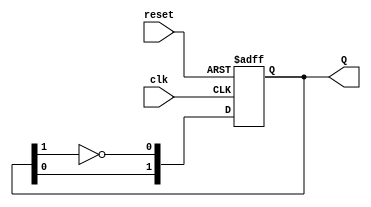
module dual_stage_johnson_counter (
    input wire clk,       // Clock signal
    input wire reset,     // Asynchronous reset signal
    output reg [1:0] Q    // 2-bit output representing the state
);

// State transition logic
always @(posedge clk or posedge reset) begin
    if (reset) begin
        Q <= 2'b00;      // Initialize to 00 on reset
    end else begin
        // Johnson counter logic
        Q[0] <= ~Q[1];   // Invert the last flip-flop output and feed to the first
        Q[1] <= Q[0];    // Shift the state
    end
end

endmodule